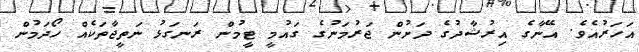
އަހަރުއެވެ. އޭނާގެ އިރުޝާދުގެ ދަށުން ޖަރުމަނުގެ ގައުމީ ޓީމުން ރަނގަޅު ނަތީޖާތަކެއް ހޯދަމުން